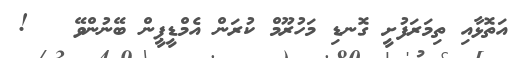
އަތޮޅާއި ތިމަރަފުށީ ގޮނޑި މަހުރޫމް ކުރަން އެމްޑީޕީން ބޭނުންވޭ   !